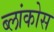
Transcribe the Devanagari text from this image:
ब्लांकोस